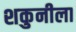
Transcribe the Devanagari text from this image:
शकुनीला